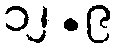
၁၂.၉